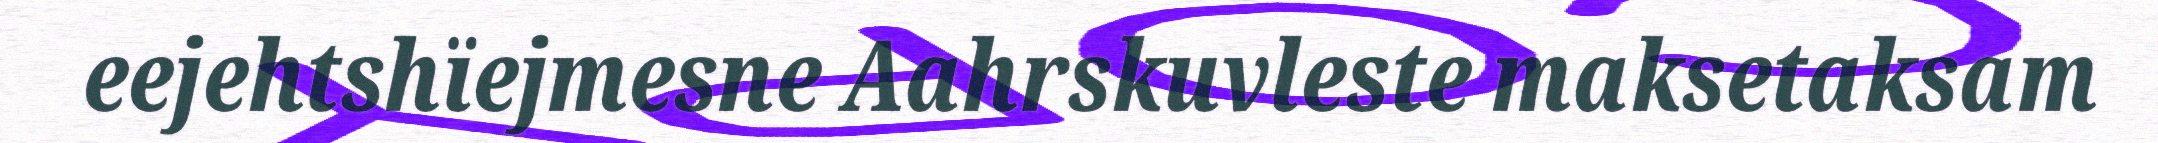
eejehtshïejmesne Aahrskuvleste maksetaksam